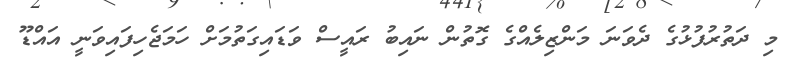
މި ދަތުރުފުޅުގެ ދެވަނަ މަންޒިލެއްގެ ގޮތުން ނައިބު ރައީސް ވަޑައިގަތުމަށް ހަމަޖެހިފައިވަނީ އައްޑޫ